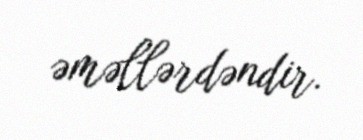
əməllərdəndir.